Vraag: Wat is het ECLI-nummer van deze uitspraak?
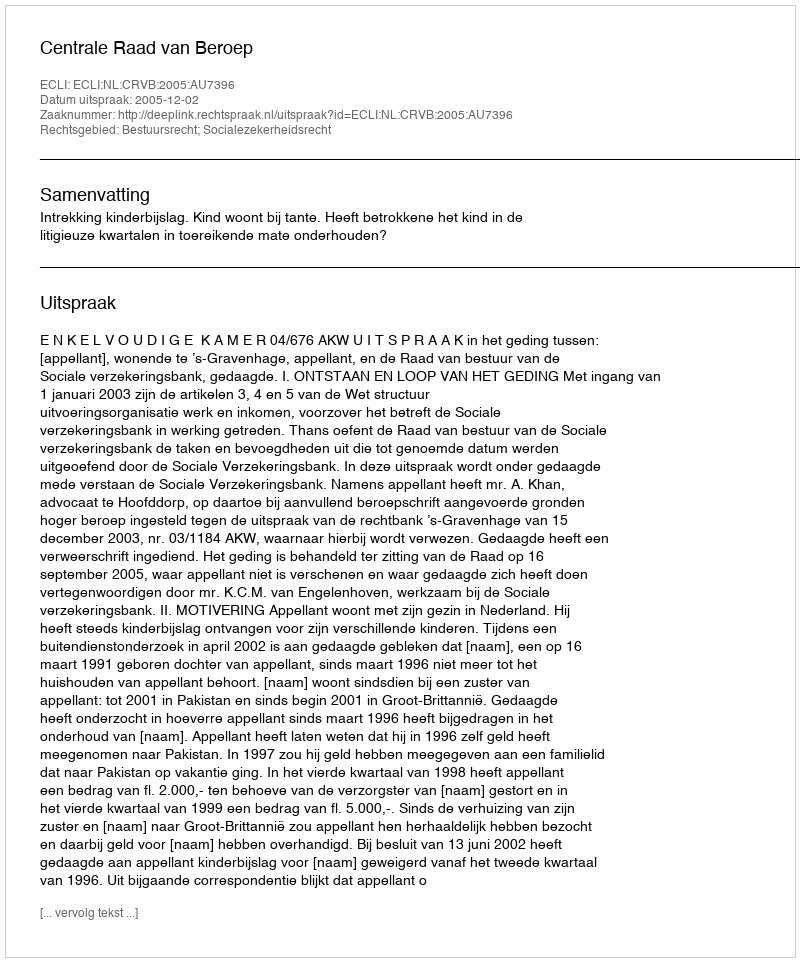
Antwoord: ECLI:NL:CRVB:2005:AU7396